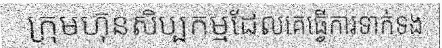
ក្រុមហ៊ុនសិប្បកម្មដែលគេធ្វើការទាក់ទង